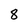
Character: 8